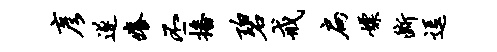
彦遂痒丕播碧戒扁嫖断逗